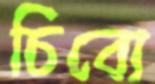
চিবো